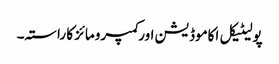
پولیٹیکل اکاموڈیشن اور کمپرومائز کا راستہ۔